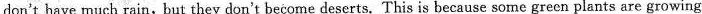
don't have much rain,but they don't become deserts. This is because some green plants are growing